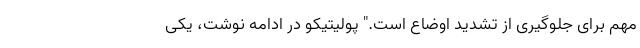
مهم برای جلوگیری از تشدید اوضاع است." پولیتیکو در ادامه نوشت، یکی